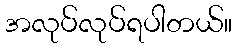
အလုပ်လုပ်ရပါတယ်။